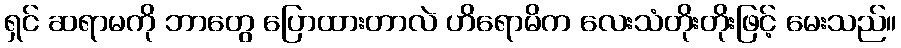
ရှင် ဆရာမကို ဘာတွေ ပြောထားတာလဲ ဟိရောမိက လေးသံတိုးတိုးဖြင့် မေးသည်။